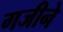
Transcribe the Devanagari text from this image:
गजीने